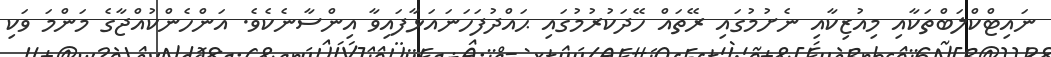
ނައިޓްކްލަބްތަކާއި މިއުޒިކާއި ނެށުމުގައި ރޭތައް ހޭދަކުރުމުގައި ޙައްދުފަހަނައަޅާފައިވާ އިންސާނެކެވެ. އަންހެންކުއްޖާގެ މަންމަ ވަކި